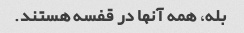
بله، همه آنها در قفسه هستند.